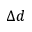
\Delta d